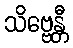
သိဗ္ဗေန္တီ